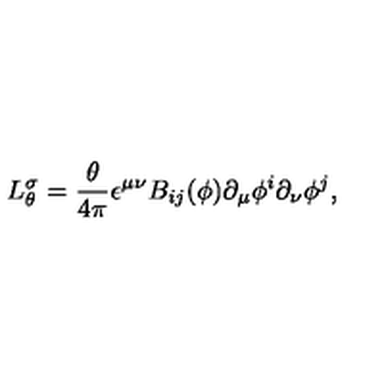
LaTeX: L _ { \theta } ^ { \sigma } = { \frac { \theta } { 4 \pi } } \epsilon ^ { \mu \nu } B _ { i j } ( \phi ) \partial _ { \mu } \phi ^ { i } \partial _ { \nu } \phi ^ { j } ,